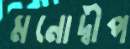
মনোদ্বীপ